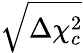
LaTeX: \sqrt{\Delta\chi_{c}^{2}}